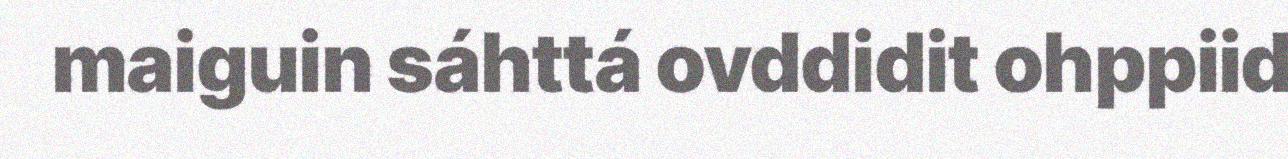
maiguin sáhttá ovddidit ohppiid